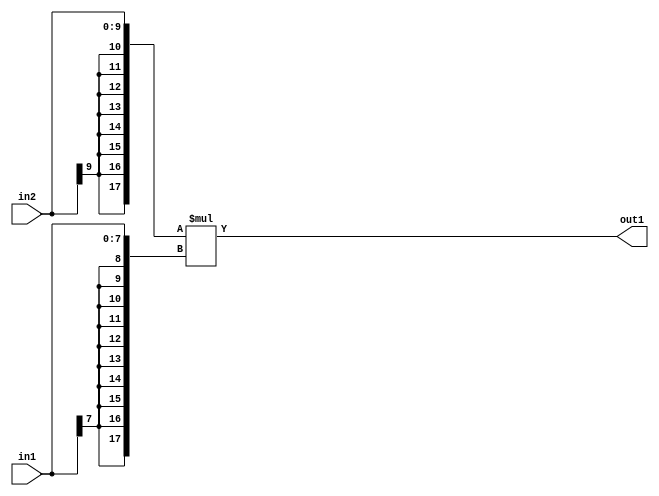
`timescale 1ps / 1ps
/*****************************************************************************
    Verilog RTL Description
    
    
    Created by: Stratus DpOpt 2019.1.01 
*******************************************************************************/

module mac_Mul_10Sx8S_18S_4_6 (
	in2,
	in1,
	out1
	); /* architecture "behavioural" */ 
input [9:0] in2;
input [7:0] in1;
output [17:0] out1;
wire [17:0] asc001;

assign asc001 = 
	+({{8{in2[9]}}, in2} * {{10{in1[7]}}, in1});

assign out1 = asc001;
endmodule

/* CADENCE  ubP1SAg= : u9/ySgnWtBlWxVPRXgAZ4Og= ** DO NOT EDIT THIS LINE ******/